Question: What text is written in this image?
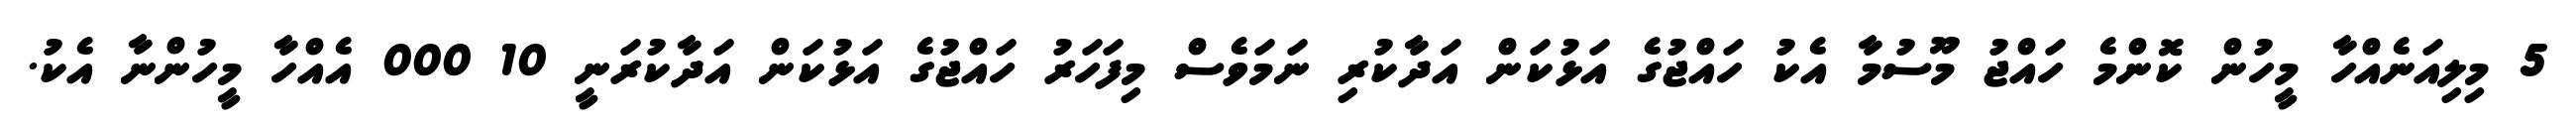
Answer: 5 މިލިއަނެއްހާ މީހުން ކޮންމެ ހައްޖު މޫސުމާ އެކު ހައްޖުގެ އަޅުކަން އަދާކުރި ނަމަވެސް މިފަހަރު ހައްޖުގެ އަޅުކަން އަދާކުރަނީ 10 000 އެއްހާ މީހުންނާ އެކު.